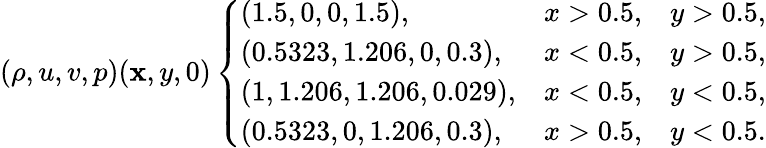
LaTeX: (\rho,u,v,p)(\mathbf{x},y,0)\left\{ \begin{array}{lll}{\left(1.5,0,0,1.5\right),}&{x>0.5,}&{y>0.5,}\\ {\left(0.5323,1.206,0,0.3\right),}&{x<0.5,}&{y>0.5,}\\ {\left(1,1.206,1.206,0.029\right),}&{x<0.5,}&{y<0.5,}\\ {\left(0.5323,0,1.206,0.3\right),}&{x>0.5,}&{y<0.5.}\end{array}\right.